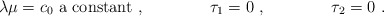
\begin{align*} \lambda\mu=c_0\ \mbox{a constant}\ ,\qquad\qquad\tau_1=0\ ,\qquad\qquad\tau_2=0 \ . \end{align*}